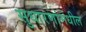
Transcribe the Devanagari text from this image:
सुधारणांमधील